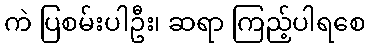
ကဲ ပြစမ်းပါဦး၊ ဆရာ ကြည့်ပါရစေ